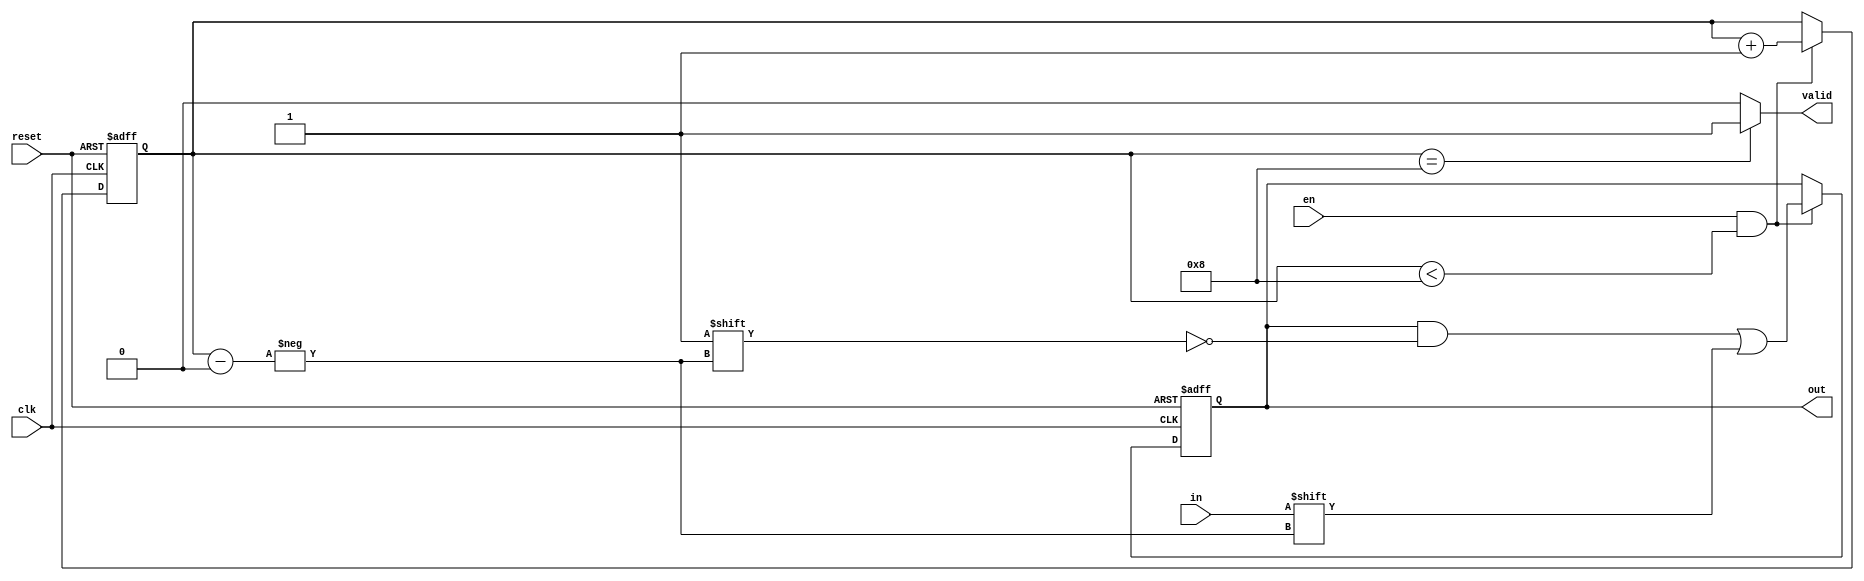
module SIPO_1to8 #(
    parameter N = 8
)(
    input clk,
    input reset,
    input en,
    input in,
    output valid,
    output reg[N-1:0]out
);

reg [3:0]cnt;

assign valid = cnt == 8 ? 1'b1 : 1'b0;

always @(posedge clk or posedge reset) begin
    if(reset)begin
        out <= 8'd0;
        cnt <= 4'd0;
    end
    else begin
        if(en && cnt < 8)begin
            out[cnt] <= in;
            cnt <= cnt + 1'b1;
        end 
    end
end

endmodule